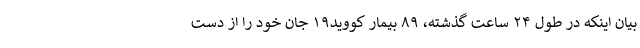
بیان اینکه در طول ۲۴ ساعت گذشته، ۸۹ بیمار کووید۱۹ جان خود را از دست